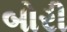
બોરી